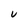
Character: U